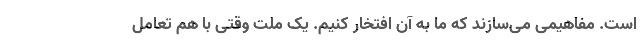
است. مفاهیمی می‌سازند که ما به آن افتخار کنیم. یک ملت وقتی با هم تعامل